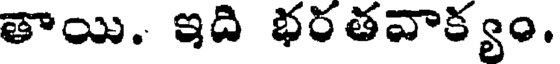
తాయి. ఇది భరతవాక్యం.